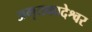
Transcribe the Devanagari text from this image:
अमृतकादेश्वर